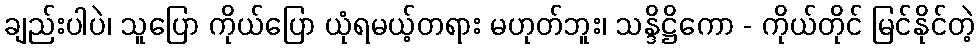
ချည်းပါပဲ၊ သူပြော ကိုယ်ပြော ယုံရမယ့်တရား မဟုတ်ဘူး၊ သန္ဒိဋ္ဌိကော - ကိုယ်တိုင် မြင်နိုင်တဲ့